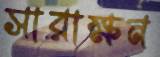
সারাক্ষন